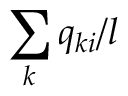
\sum _ { k } q _ { k i } / l